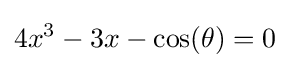
4x^{3}-3x-\cos(\theta )=0